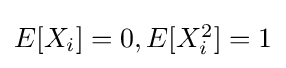
{\textstyle E[X_{i}]=0,E[X_{i}^{2}]=1}